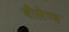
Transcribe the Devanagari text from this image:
वीलेण्ड